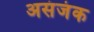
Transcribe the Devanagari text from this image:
असंजंक